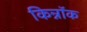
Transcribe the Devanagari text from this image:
किन्नॉक